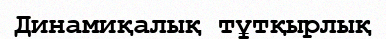
Динамиқалық тұтқырлық